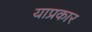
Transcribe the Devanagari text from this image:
याप्रकार